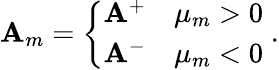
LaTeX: \mathbf{A}_{m}=\left\{ \begin{array}{ll}{\mathbf{A}^{+}}&{\mu_{m}>0}\\ {\mathbf{A}^{-}}&{\mu_{m}<0}\end{array}\right.\; .